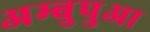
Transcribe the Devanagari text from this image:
अम्बुपुआ